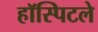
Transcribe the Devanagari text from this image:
हॉस्पिटले